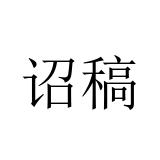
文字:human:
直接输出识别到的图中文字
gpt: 诏稿